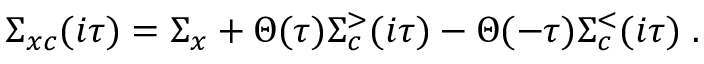
\Sigma _ { x c } ( i \tau ) = \Sigma _ { x } + \Theta ( \tau ) \Sigma _ { c } ^ { > } ( i \tau ) - \Theta ( - \tau ) \Sigma _ { c } ^ { < } ( i \tau ) \; .